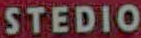
STEDIO